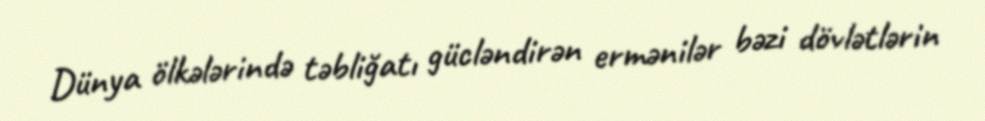
Dünya ölkələrində təbliğatı gücləndirən ermənilər bəzi dövlətlərin